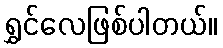
ရွှင်လေဖြစ်ပါတယ်။